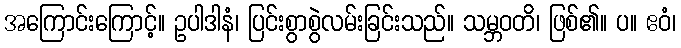
အကြောင်းကြောင့်။ ဥပါဒါနံ၊ ပြင်းစွာစွဲလမ်းခြင်းသည်။ သမ္ဘဝတိ၊ ဖြစ်၏။ ပ။ ဧဝံ၊